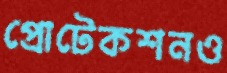
প্রোটেকশনও